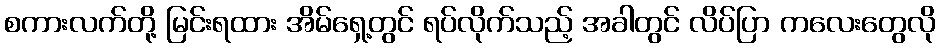
စကားလက်တို့ မြင်းရထား အိမ်ရှေ့တွင် ရပ်လိုက်သည့် အခါတွင် လိပ်ပြာ ကလေးတွေလို